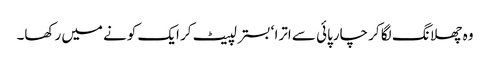
وہ چھلانگ لگا کر چارپائی سے اترا ‘ بستر لپیٹ کر ایک کونے میں رکھا۔